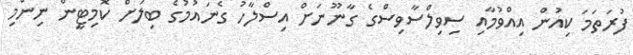
ފުރަތަމަ ކިއުން އިއްވުމާއި ސިވިލްސާވިސްގެ ގާނޫނަށް އިސްލާހު ގެނައުމުގެ ބިލަށް ކޮމިޓީން ނިންމި